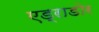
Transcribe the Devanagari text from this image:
एड्राडोर